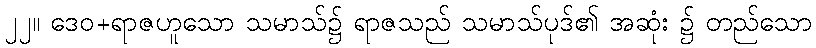
၂၂။ ဒေဝ+ရာဇဟူသော သမာသ်၌ ရာဇသည် သမာသ်ပုဒ်၏ အဆုံး ၌ တည်သော